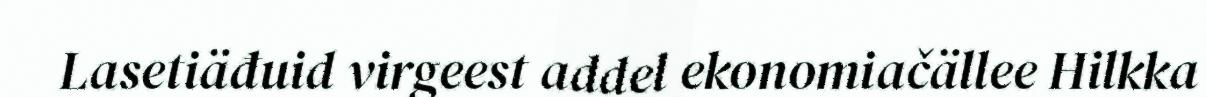
Lasetiäđuid virgeest addel ekonomiačällee Hilkka